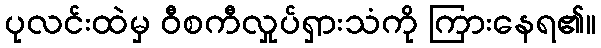
ပုလင်းထဲမှ ဝီစကီလှုပ်ရှားသံကို ကြားနေရ၏။